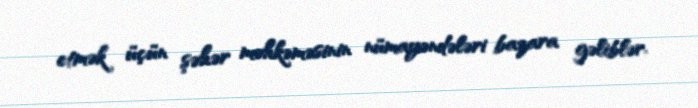
etmək üçün şəhər məhkəməsinin nümayəndələri bazara gəliblər.